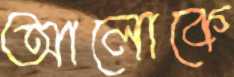
আলোকে